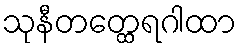
သုနီတတ္ထေရဂါထာ